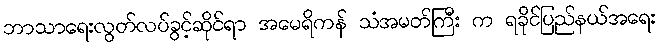
ဘာသာရေးလွတ်လပ်ခွင့်ဆိုင်ရာ အမေရိကန် သံအမတ်ကြီး က ရခိုင်ပြည်နယ်အရေး